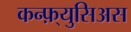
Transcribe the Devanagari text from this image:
कन्फ़्युसिअस